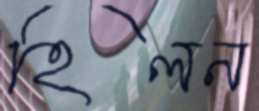
হিলন